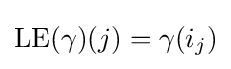
\mathrm {LE} (\gamma )(j)=\gamma (i_{j})